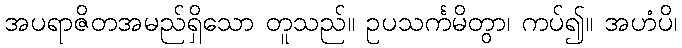
အပရာဇိတအမည်ရှိသော တူသည်။ ဥပသင်္ကမိတွာ၊ ကပ်၍။ အဟံပိ၊